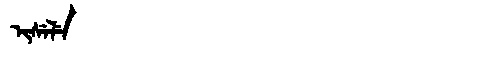
Manchu: ᡳᠰᡝᠯᡝ
Romanization: ISELE